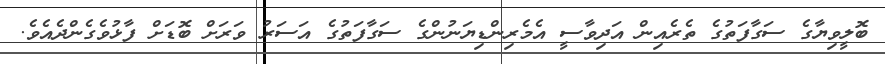
ބޮލީވިޔާގެ ސަގާފަތުގެ ތެރެއިން އަދިވާސީ އެމެރިންޑިޔަނުންގެ ސަގާފަތުގެ އަސަރު ވަރަށް ބޮޑަށް ފާޅުވެގެންދެއެވެ.